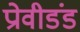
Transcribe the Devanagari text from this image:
प्रोवीडंड